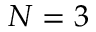
N = 3